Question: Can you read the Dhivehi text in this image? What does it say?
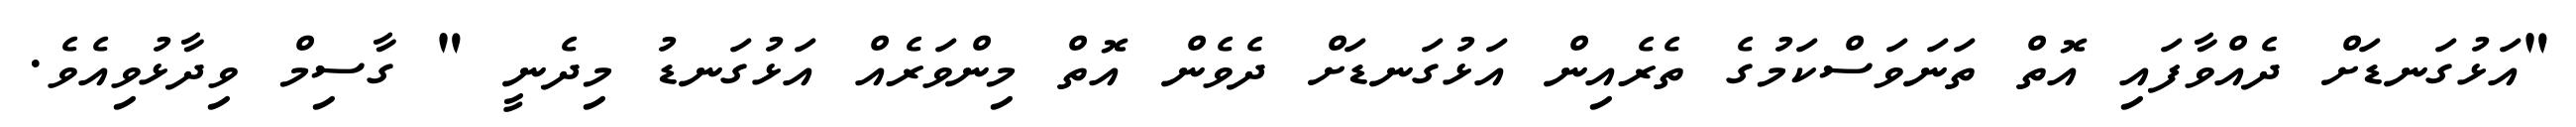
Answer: "އަޅުގަނޑަށް ދެއްވާފައި އޮތް ތަނަވަސްކަމުގެ ތެރެއިން އަޅުގަނޑަށް ދެވެން އޮތް މިންވަރެއް އަޅުގަނޑު މިދެނީ " ގާސިމް ވިދާޅުވިއެވެ.